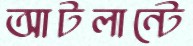
আটলান্টে